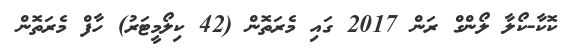
ކޮކާ-ކޯލާ ލޯންގް ރަން 2017 ގައި މެރަތޮން (42 ކިލޯމީޓަރު) ހާފް މެރަތޮން